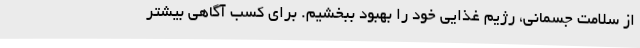
از سلامت جسمانی، رژیم غذایی خود را بهبود ببخشیم. برای کسب آگاهی بیشتر